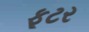
ફૂટર